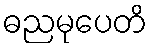
ဓညမုပေတိ